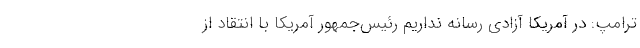
ترامپ: در آمریکا آزادی رسانه نداریم رئیس‌جمهور آمریکا با انتقاد از